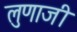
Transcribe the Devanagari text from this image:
लुणाजी